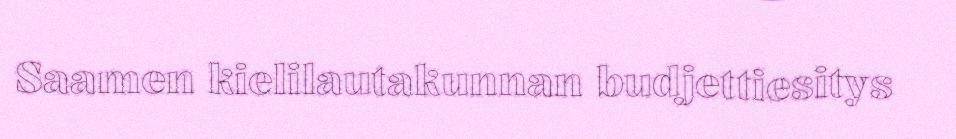
Saamen kielilautakunnan budjettiesitys